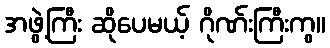
အဖွဲ့ကြီး ဆိုပေမယ့် ဂိုဏ်းကြီးကွ။